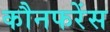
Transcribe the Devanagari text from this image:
कौनफरेंस